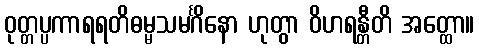
ဝုတ္တပ္ပကာရရတိဓမ္မသမင်္ဂိနော ဟုတွာ ဝိဟရန္တီတိ အတ္ထော။